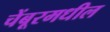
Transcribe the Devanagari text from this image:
चेंबूरमधील